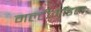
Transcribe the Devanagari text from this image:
मल्टीमौडल